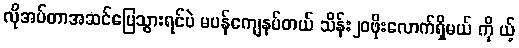
လိုအပ်တာအဆင်ပြေသွားရင်ပဲ မပန်ကျေနပ်တယ် သိန်း၂၀ဖိုးလောက်ရှိမယ် ကို ယ့်